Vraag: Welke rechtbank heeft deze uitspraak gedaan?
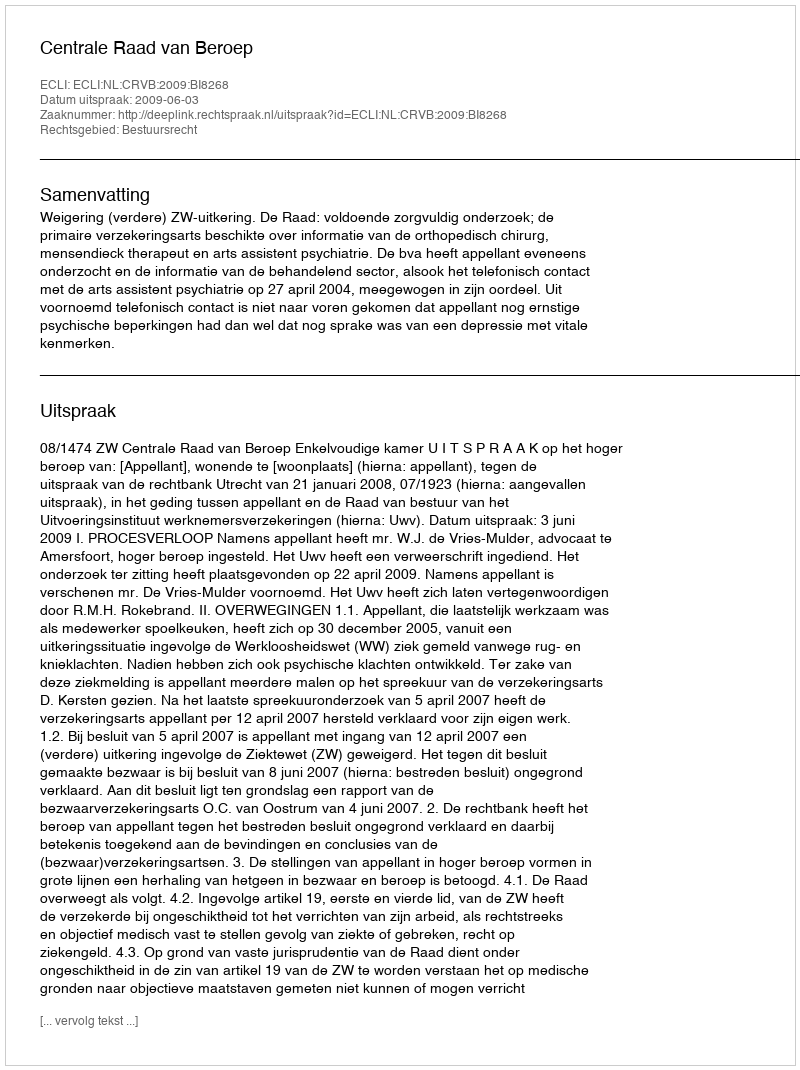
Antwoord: Centrale Raad van Beroep